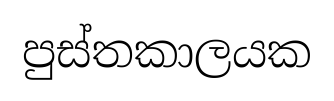
පුස්තකාලයක